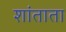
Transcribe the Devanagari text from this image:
शांताता